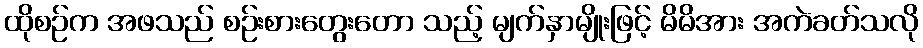
ထိုစဉ်က အဖသည် စဉ်းစားတွေးတော သည့် မျက်နှာမျိုးဖြင့် မိမိအား အကဲခတ်သလို